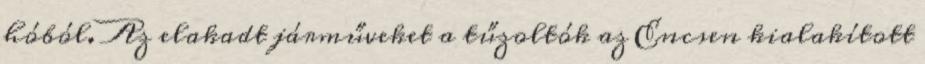
hóból. Az elakadt járműveket a tűzoltók az Encsen kialakított